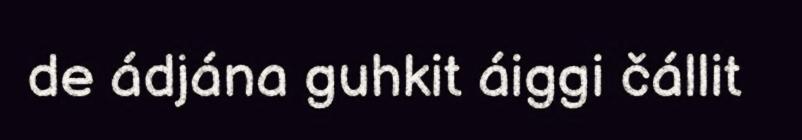
de ádjána guhkit áiggi čállit